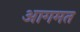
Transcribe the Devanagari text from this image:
आगमत